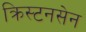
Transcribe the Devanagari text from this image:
क्रिस्टनसेन